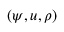
( \psi , u , \rho )